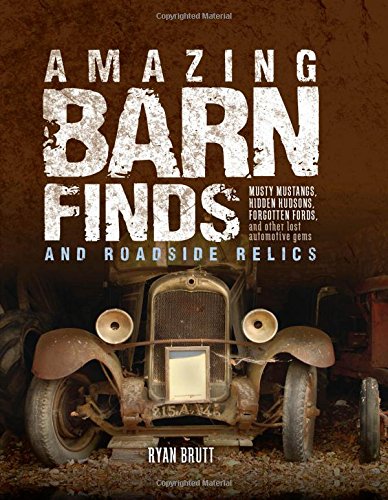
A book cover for Amazing Barn Finds and Roadside Relics: Musty Mustangs, Hidden Hudsons, Forgotten Fords, and Other Lost Automotive Gems; Ryan Brutt; Engineering & Transportation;